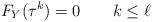
LaTeX: \begin{align*}F_Y(\tau^k) = 0 \qquad k \leq \ell \end{align*}